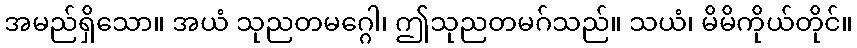
အမည်ရှိသော။ အယံ သုညတမဂ္ဂေါ၊ ဤသုညတမဂ်သည်။ သယံ၊ မိမိကိုယ်တိုင်။